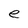
Character: e